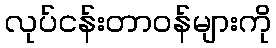
လုပ်ငန်းတာဝန်များကို